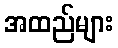
အထည်များ